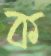
ক